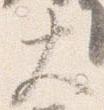
大